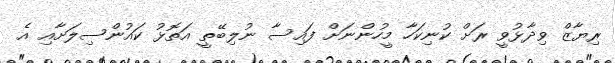
ރިޔާޒް ވިދާޅުވީ ރަށް ކުނިކަހާ މީހުންނަށް ފައިސާ ނުލިބޭތީ އަތޮޅު ކައުންސިލަށާއި އެ